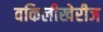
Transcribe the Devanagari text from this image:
वकिलीखेरीज